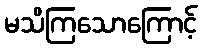
မသိကြသောကြောင့်